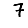
Digit: 7